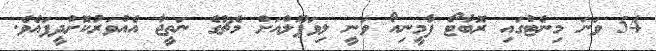
54 ވަނަ މިނެޓްގައި ރޮބާޓޯ ފާމީނިއޯ ވަނީ ލިވަޕޫލްއަށް މެޗުގެ ނަތީޖާ އެއްވަރުކޮށްދީފައެވެ.